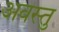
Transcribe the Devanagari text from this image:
अवस्तु